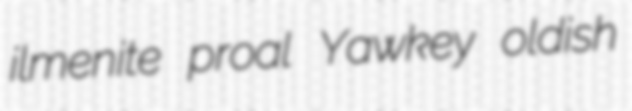
ilmenite proal Yawkey oldish